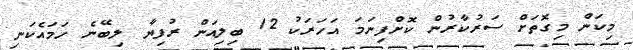
މިކަން މިގޮތަށް ސަރުކާރުން ކޮށްފިނަމަ އަހަރަކު 12 ބިލިއަން ރުފިޔާ ލިބޭނެ ހަމައެކަނި